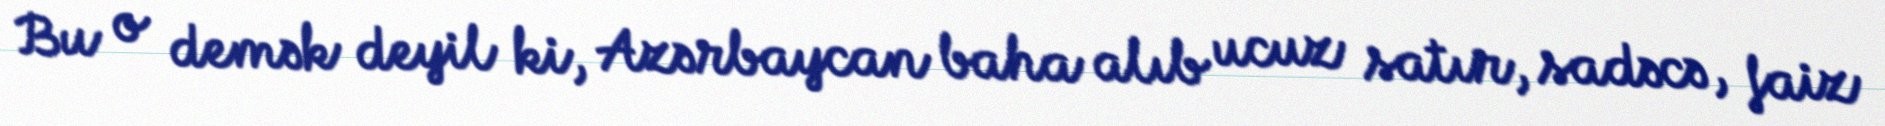
Bu o demək deyil ki, Azərbaycan baha alıb ucuz satır, sadəcə, faiz